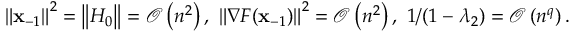
\begin{array} { r } { \left\Vert \mathbf { x } _ { - 1 } \right\Vert ^ { 2 } = \left\Vert H _ { 0 } \right\Vert = \mathcal { O } \left( n ^ { 2 } \right) , \ \left\Vert \nabla F ( \mathbf { x } _ { - 1 } ) \right\Vert ^ { 2 } = \mathcal { O } \left( n ^ { 2 } \right) , \ 1 / ( 1 - \lambda _ { 2 } ) = \mathcal { O } \left( n ^ { q } \right) . } \end{array}